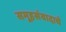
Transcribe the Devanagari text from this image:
समूहसंवादाचे